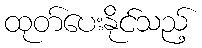
ထုတ်ပေးနိုင်သည့်